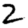
Digit: 2